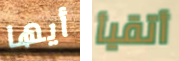
أيها أتقيأ